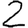
Digit: 2